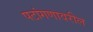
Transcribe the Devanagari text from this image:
पटांगणावरील